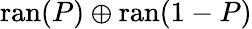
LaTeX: \operatorname{ran}(P)\oplus\operatorname{ran}(1-P)